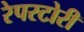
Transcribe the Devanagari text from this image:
रेपरटोरी